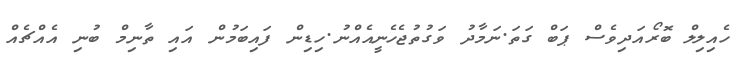
ހެއިލިލް ބޮރޯއަދިވެސް ޕަބް ގަތަ.ނަމާދު ވަގުތުޖެހެނީއެއްނު.ހިޑިން ފައިބަމުން އައި ތާނިމް ބުނި އެއްޗެއް